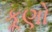
કૂણો